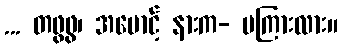
... တဖွဖွ၊ အမောင့် နားက- မကြားလား။